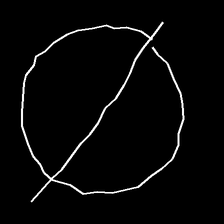
Glyph: orb